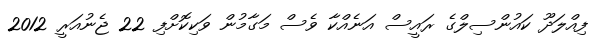
ފިއްލަދޫ ކައުންސިލްގެ ރައީސް އަނެއްކާ ވެސް މަގާމުން ވަކިކޮށްފި 22 ޖެނުއަރީ 2012